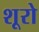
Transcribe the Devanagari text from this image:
शूरो